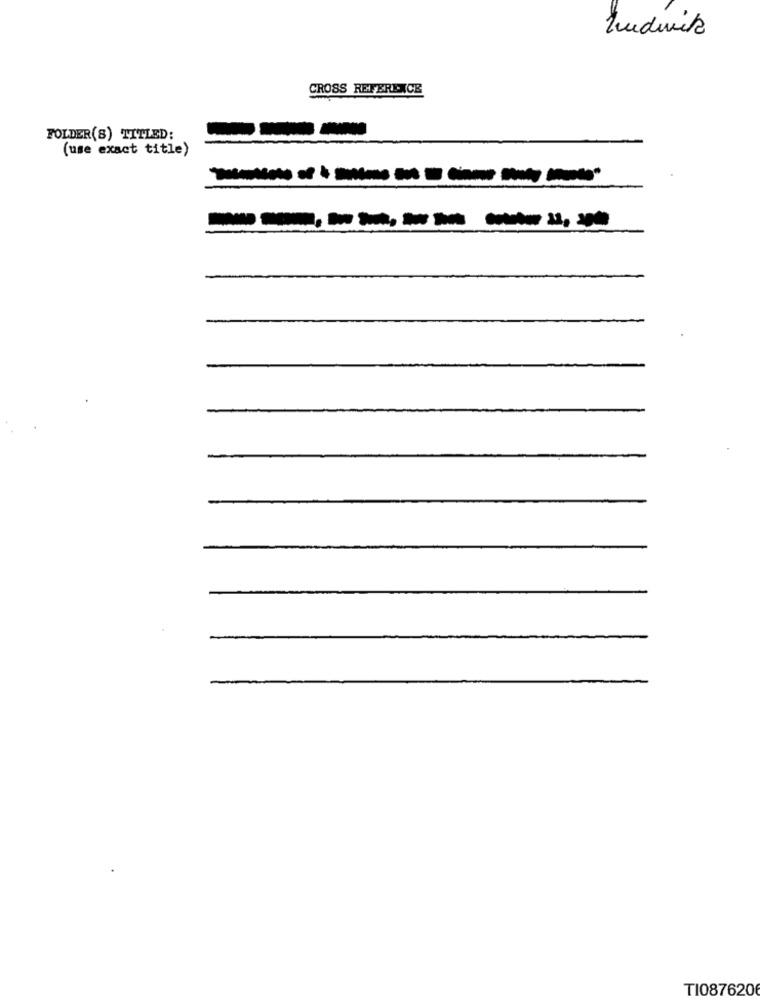
Ludwik
CROSS REFERENCE
FOLDER(S) TITLED:
(use exact title)
-------
TI087620